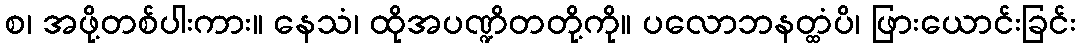
စ၊ အဖို့တစ်ပါးကား။ နေသံ၊ ထိုအပဏ္ဍိတတို့ကို။ ပလောဘနတ္ထံပိ၊ ဖြားယောင်းခြင်း